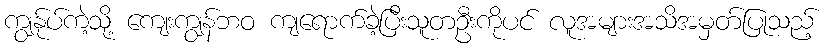
ကျွန်ုပ်ကဲ့သို့ ကျေးကျွန်ဘဝ ကျရောက်ခဲ့ပြီးသူတဦးကိုပင် လူအများအသိအမှတ်ပြုသည့်